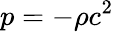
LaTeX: p=-\rho c^{2}